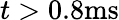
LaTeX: t>0.8\mathrm{ms}